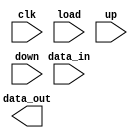
`timescale 1ns / 1ps


module register(
    input clk, load, up, down,
    input [7:0] data_in,
    output [23:0] data_out
    );
endmodule


//architecture Behavioral of Reg is

//signal reg : std_logic_vector(15 downto 0) := (others => '0'); -- Seales del registro. Parten en 0.

//begin

//reg_prosses : process (clock)           -- Proceso sensible a clock.
//        begin
//          if (rising_edge(clock)) then  -- Condicin de flanco de subida de clock.
//            if (load = '1') then
//                reg <= datain;          -- Si load = 1, carga la entrada de datos en el registro.
//            elsif (up = '1') then
//                reg <= reg + 1;         -- Si load = 0 y up = 1 incrementa el registro en 1.
//            elsif (down = '1') then
//                reg <= reg - 1;         -- Si load = 0, up = 0 y down = 1 decrementa el registro en 1.
//            else        
//            end if;
//          else 
//          end if;
//        end process;
        
//dataout <= reg;                         -- Los datos del registro salen sin importar el estado de clock.
            
//end Behavioral;